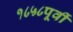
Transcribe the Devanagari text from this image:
१८५८पूर्वी